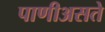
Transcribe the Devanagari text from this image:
पाणीअसते